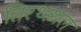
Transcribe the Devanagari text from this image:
तिरथ्स्थल